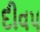
દીવ૫